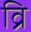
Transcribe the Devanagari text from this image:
व्रि